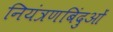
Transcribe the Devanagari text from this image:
नियंत्रणबिंदुओं